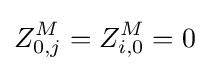
Z_{0,j}^{M}=Z_{i,0}^{M}=0